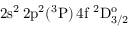
\mathrm { 2 s ^ { 2 } \, 2 p ^ { 2 } ( ^ { 3 } P ) \, 4 f ~ ^ { 2 } D _ { 3 / 2 } ^ { o } }